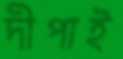
দীপাই